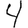
Digit: 4